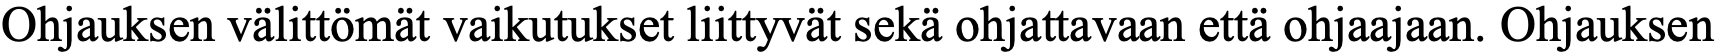
Ohjauksen välittömät vaikutukset liittyvät sekä ohjattavaan että ohjaajaan. Ohjauksen